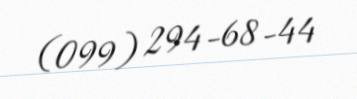
(099) 294-68-44